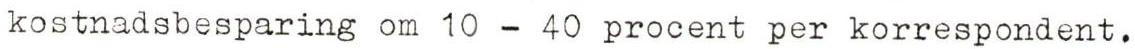
kostnadsbesparing om 10 - 40 procent per korrespondent.